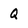
Character: Q